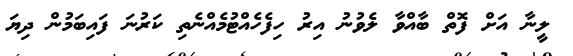
ލީނާ އަށް ފޮތް ބާއްވާ ލެވުނު އިރު ހިފެހެއްޓުމެއްނެތި ކަރުނަ ފައިބަމުން ދިޔަ